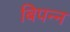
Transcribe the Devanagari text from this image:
बिपन्न